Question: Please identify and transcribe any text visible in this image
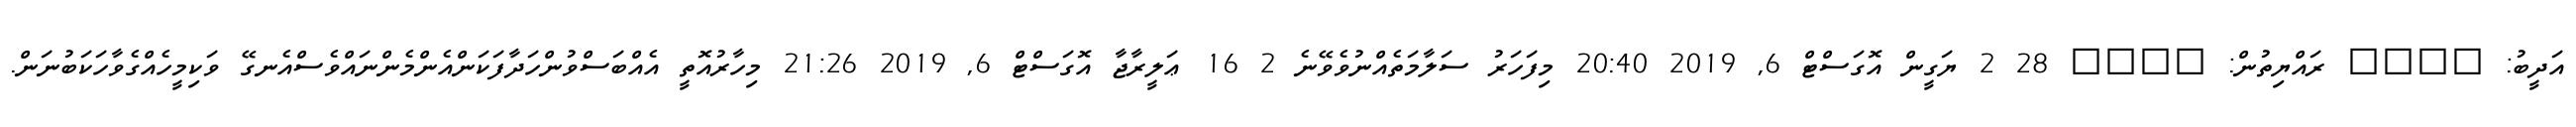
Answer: އަދީބު: ???? ރައްޔިތުން: ???? 28 2 ޔަގީން އޮގަސްޓް 6, 2019 20:40 މިފަހަރު ސަލާމަތެއްނުވެވޭނެ 2 16 ޢަލީރާޖާ އޮގަސްޓް 6, 2019 21:26 މިހާރުއޮތީ އެއްބަސްވުންހަދާފަކަންއެންމެންނައްވެސްއެނގޭ ވަކިމީހެއްގެވާހަކަބުނަން.